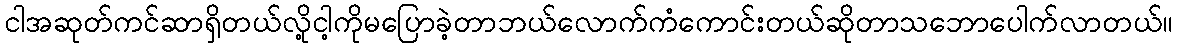
ငါအဆုတ်ကင်ဆာရှိတယ်လို့ငါ့ကိုမပြောခဲ့တာဘယ်လောက်ကံကောင်းတယ်ဆိုတာသဘောပေါက်လာတယ်။